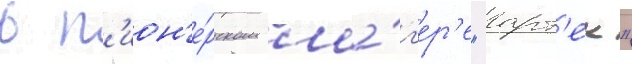
в п'ион'е́рском ла́г'ер'е "арт'ек"